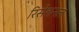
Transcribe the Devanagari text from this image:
रिसेशनल